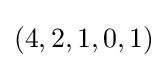
(4,2,1,0,1)